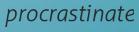
procrastinate